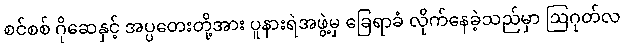
စင်စစ် ဂိုဆေနှင့် အပ္ပတေးတို့အား ပူနားရဲအဖွဲ့မှ ခြေရာခံ လိုက်နေခဲ့သည်မှာ ဩဂုတ်လ